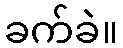
ခက်ခဲ။